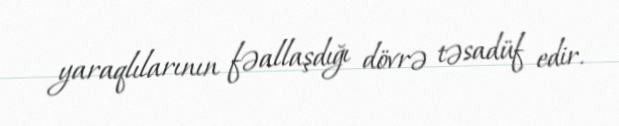
yaraqlılarının fəallaşdığı dövrə təsadüf edir.